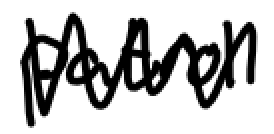
Text: patrol
Cross-out: zig-zag
Writing tool: digital_black